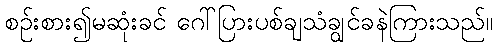
စဉ်းစား၍မဆုံးခင် ဂေါ်ပြားပစ်ချသံချွင်ခနဲကြားသည်။